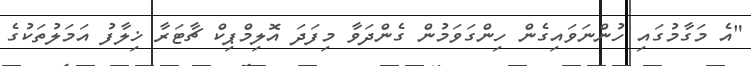
"އެ މަގާމުގައި ހުންނަވައިގެން ހިންގަވަމުން ގެންދަވާ މިފަދަ އޮލިމްޕިކް ޗާޓަރާ ޚިލާފު އަމަލުތަކުގެ